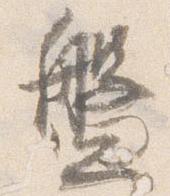
盤